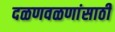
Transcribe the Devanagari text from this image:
दळणवळणांसाठी